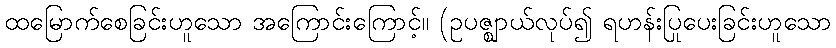
ထမြောက်စေခြင်းဟူသော အကြောင်းကြောင့်။ (ဥပဇ္ဈာယ်လုပ်၍ ရဟန်းပြုပေးခြင်းဟူသော